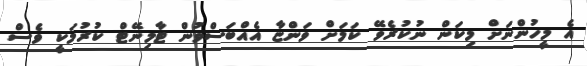
އެ މީހުންނަށް މިކަން ނުކުރެވޭ ކަމަށް ވަންޏާ އެއްބަސްވުން ޓާމިނޭޓް ކުރުމަކީ ވެސް